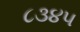
૮૩૪૫